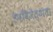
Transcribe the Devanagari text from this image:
उपविजेत्याला